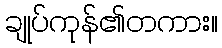
ချုပ်ကုန်၏တကား။